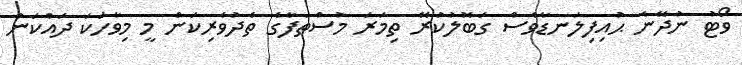
ވޯޓު ނުދޭނެ ޙުއިފިލަނޑާވެސް ގަބޮލުކުރޭ ތިމަރަ މުސްތަފާގެ ތެދުވެރިކަން މީ މިވާހަކަ ދައްކަން